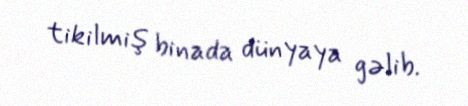
tikilmiş binada dünyaya gəlib.